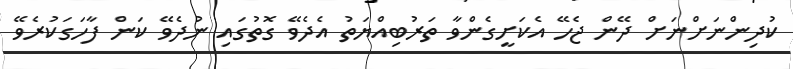
ކުދިންނަށްނަށް ދޭން ޖެހޭ އެކަށީގެންވާ ތަރުބިއްޔަތު އެދެވޭ ގޮތުގައި ނުދެވޭ ކަން ފާހަގަކުރެވޭ